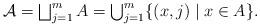
LaTeX: \begin{align*}\centerline{$\mathcal{A} = \bigsqcup_{j=1}^m A = \bigcup_{j=1}^m \{(x,j) \mid x \in A\}$.}\end{align*}